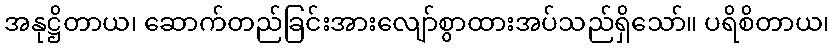
အနုဋ္ဌိတာယ၊ ဆောက်တည်ခြင်းအားလျော်စွာထားအပ်သည်ရှိသော်။ ပရိစိတာယ၊